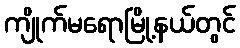
ကျိုက်မရောမြို့နယ်တွင်